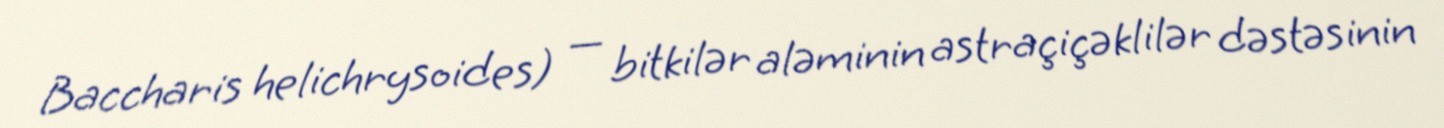
Baccharis helichrysoides) — bitkilər aləminin astraçiçəklilər dəstəsinin